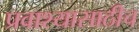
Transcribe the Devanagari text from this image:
प्रवाश्यासाठीच